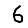
Digit: 6